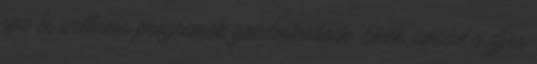
spa és wellness programok gondoskodnak. Okok, amiért a díjra